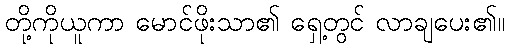
တို့ကိုယူကာ မောင်ဖိုးသာ၏ ရှေ့တွင် လာချပေး၏။